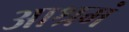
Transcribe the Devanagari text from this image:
आश्रमं